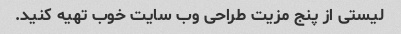
لیستی از پنج مزیت طراحی وب سایت خوب تهیه کنید.